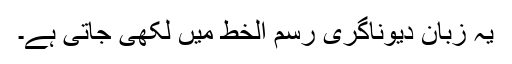
یہ زبان دیوناگری رسم الخط میں لکھی جاتی ہے۔